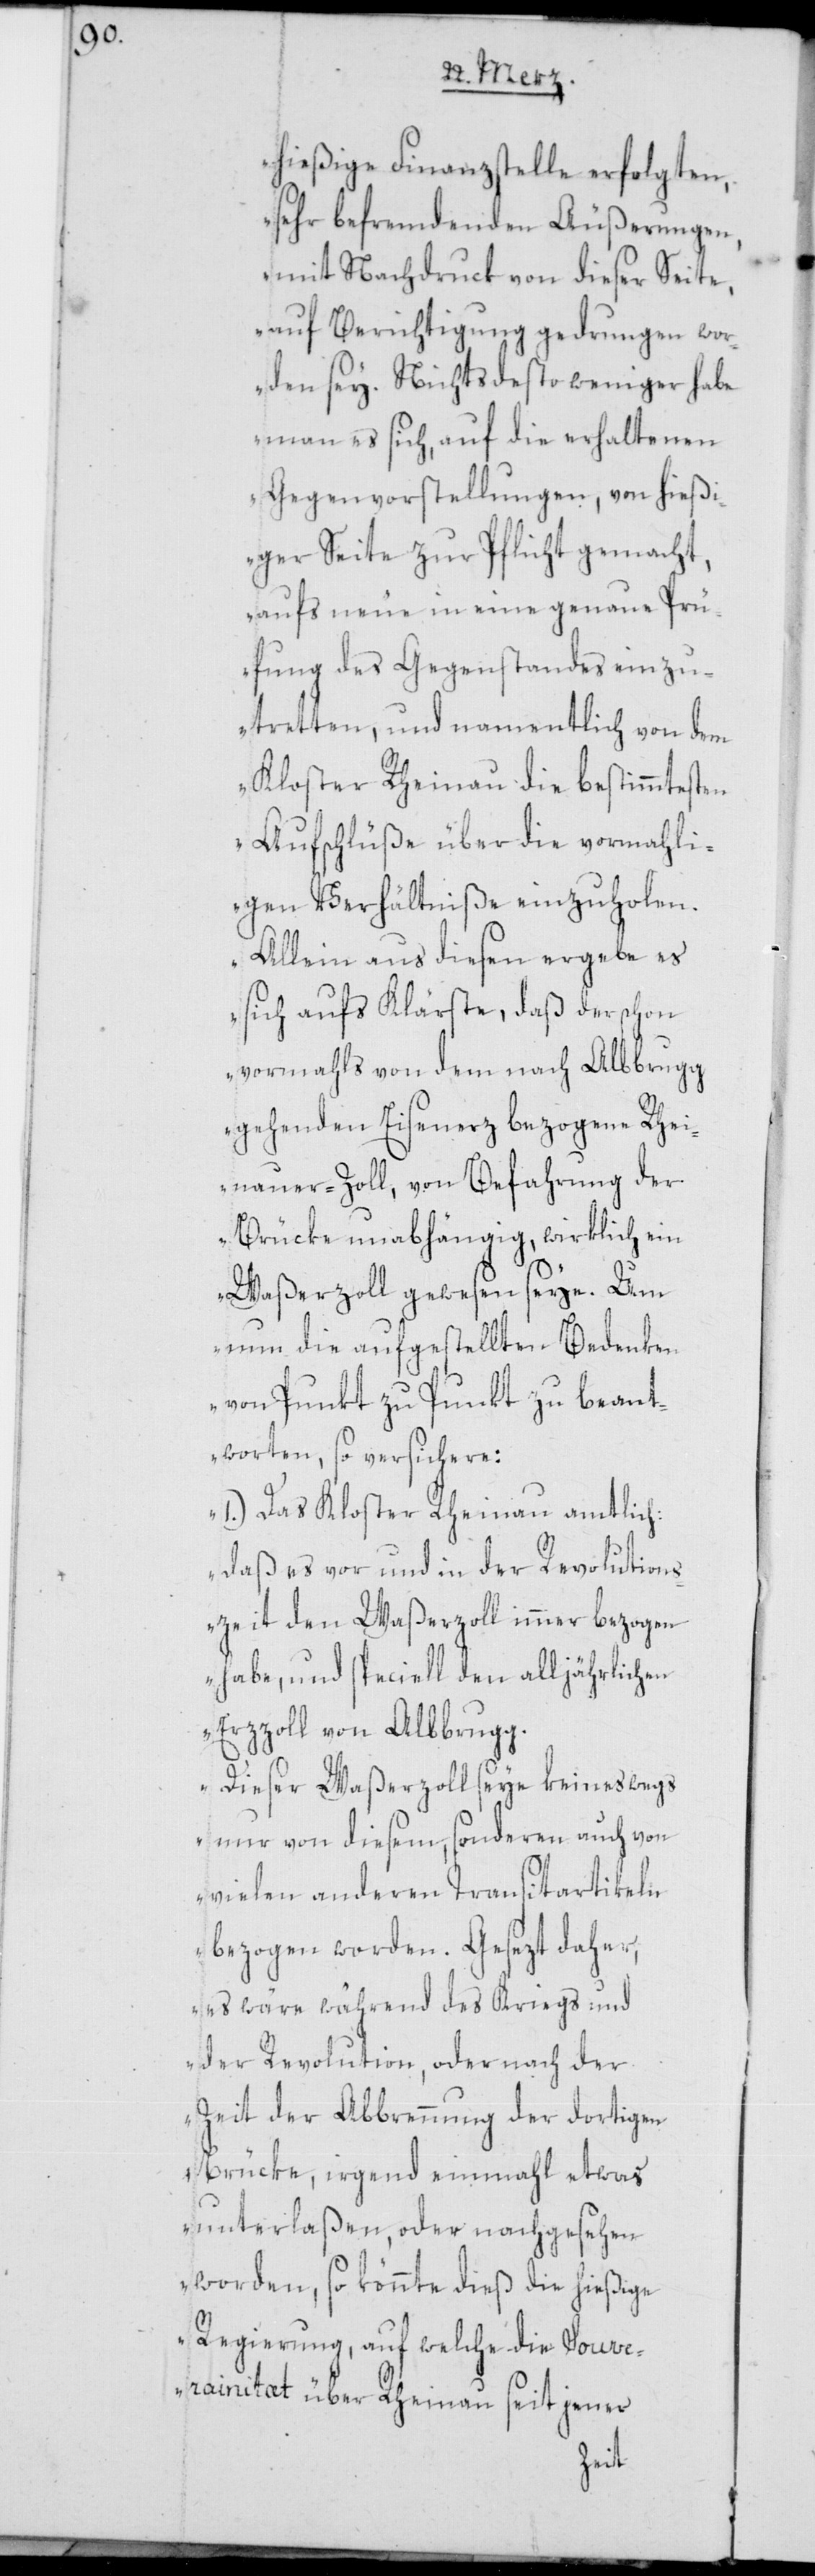
hießige Finanzstelle erfolgten,
sehr befremdenden Äußerungen,
mit Nachdruck von dieser Seite,
auf Berichtigung gedrungen wor¬
den sey. Nichtsdesto weniger habe
man es sich, auf die erhaltenen
Gegenvorstellungen, von hießi¬
ger Seite zur Pflicht gemacht,
aufs neue in eine genaue Prü¬
fung des Gegenstandes einzu¬
tretten, und namentlich von dem
Kloster Rheinau die bestimmtesten
Aufschlüße über die vormahli¬
gen Verhältniße einzuholen.
Allein aus diesen ergebe es
sich aufs Klärste, daß der schon
vormahls von dem nach Albbrugg
gehenden Eisenerz bezogene Rhei¬
nauer-Zoll, von Befahrung der
Brücke unabhängig, wirklich ein
Waßerzoll gewesen seye. Um
nun die aufgestellten Bedenken
von Punkt zu Punkt zu beant¬
worten, so versichere:
1.) Das Kloster Rheinau amtlich:
daß es vor und in der Revolution¬
szeit den Waßerzoll immer bezogen
habe, und speciell den alljährlichen
Erzzoll von Albbrugg.
Dieser Waßerzoll seye keineswegs
nur von diesem, sondern auch von
vielen anderen Transitartikeln
bezogen worden. Gesezt daher,
es wäre während des Kriegs und
der Revolution, oder nach der
Zeit der Abbrennung der dortigen
Brücke, irgend einmahl etwas
unterlaßen, oder nachgesehen
worden, so könnte dieß die hießige
Regierung, auf welche die Souver¬
ainitat über Rheinau seit jener